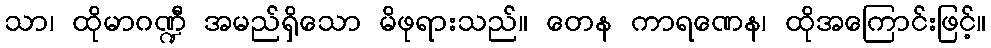
သာ၊ ထိုမာဂဏ္ဍီ အမည်ရှိသော မိဖုရားသည်။ တေန ကာရဏေန၊ ထိုအကြောင်းဖြင့်။